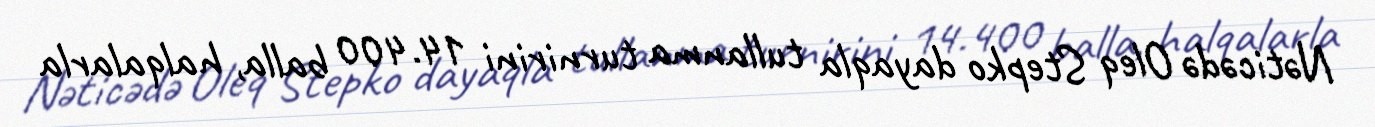
Nəticədə Oleq Stepko dayaqla tullanma turnirini 14.400 balla, halqalarla